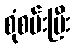
စုံစမ်းပြီး